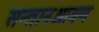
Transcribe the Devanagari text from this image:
सन्तानआत्रण